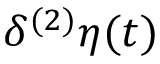
\delta ^ { ( 2 ) } \eta ( t )